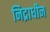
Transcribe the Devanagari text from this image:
निद्राधीन